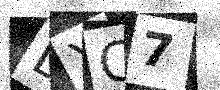
Text: DXC7